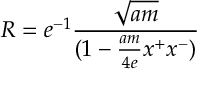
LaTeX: R = e ^ { - 1 } { \frac { \sqrt { a m } } { ( 1 - { \frac { a m } { 4 e } } x ^ { + } x ^ { - } ) } }